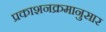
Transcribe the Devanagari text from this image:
प्रकाशनक्रमानुसार